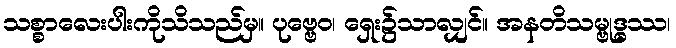
သစ္စာလေးပါးကိုသိသည်မှ။ ပုဗ္ဗေဝ၊ ရှေး၌သာလျှင်။ အနတိသမ္ဗုဒ္ဓဿ၊